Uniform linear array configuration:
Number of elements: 32
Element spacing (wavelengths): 0.75
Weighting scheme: kaiser
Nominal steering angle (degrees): -45
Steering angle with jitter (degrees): -45.961
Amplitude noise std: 0.05
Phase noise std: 0.05

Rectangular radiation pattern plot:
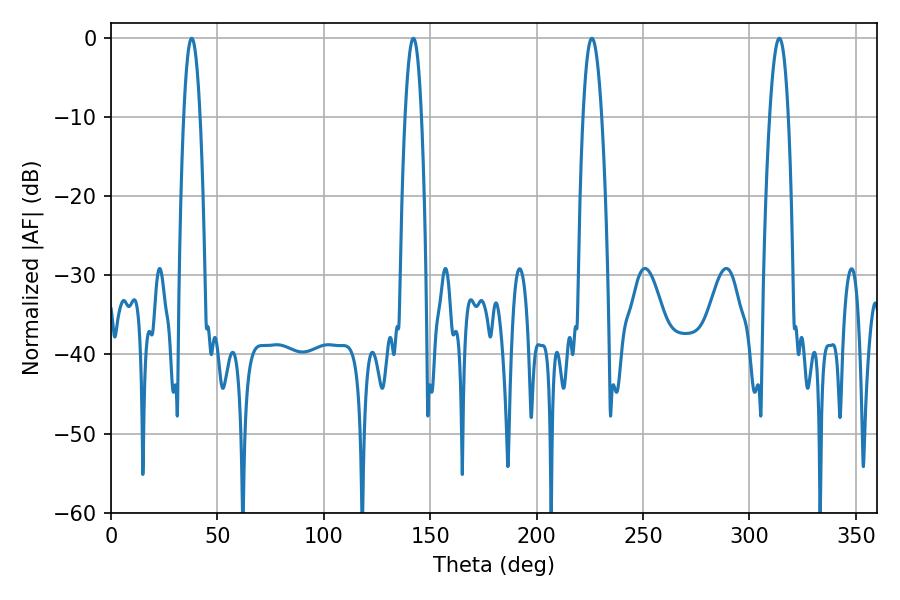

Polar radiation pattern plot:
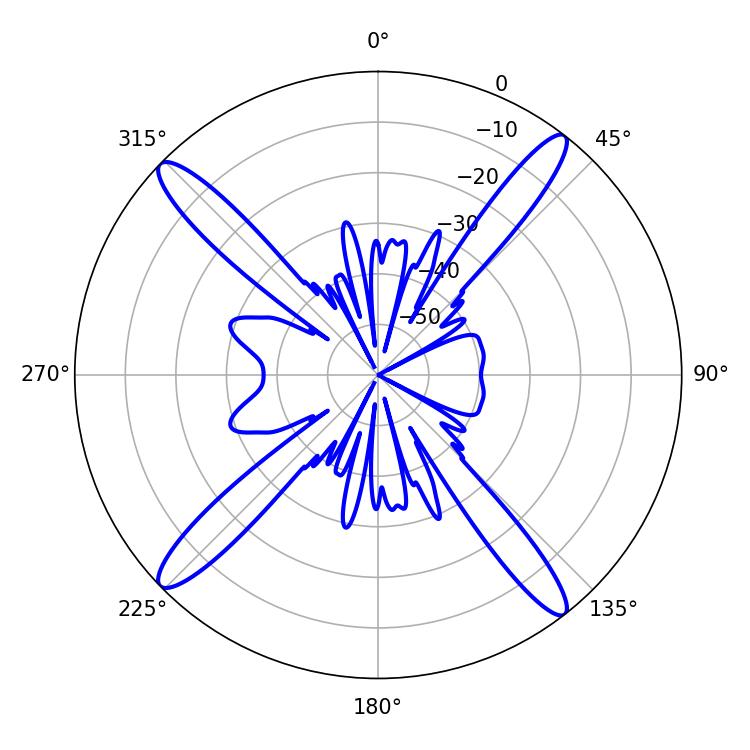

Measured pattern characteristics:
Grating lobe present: TRUE
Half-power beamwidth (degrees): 4.86
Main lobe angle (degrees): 225.9